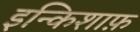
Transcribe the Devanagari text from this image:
इन्किशाफ़